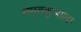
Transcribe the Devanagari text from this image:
अमृतकुंभाला